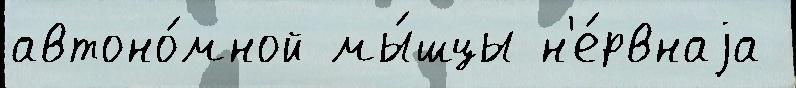
автоно́мной мы́шцы н'е́рвнаjа